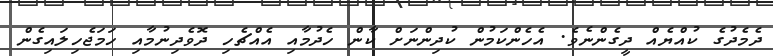
ދެމެދުގެ ކުއްޔެއް ދީގެންނެވެ. އެހެންކަމުން ކުދިންނަށް ކާން ހެދުމާއި އެއްޗެހި ދޮވެދިނުމާއި ހަމަޖެހިލައިގެން